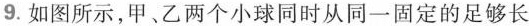
9.如图所示，甲、乙两个小球同时从同一固定的足够长